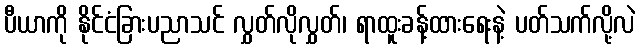
ပီယာကို နိုင်ငံခြားပညာသင် လွှတ်လိုလွှတ်၊ ရာထူးခန့်ထားရေးနဲ့ ပတ်သက်လို့လဲ